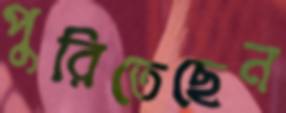
পুরিতেছেন